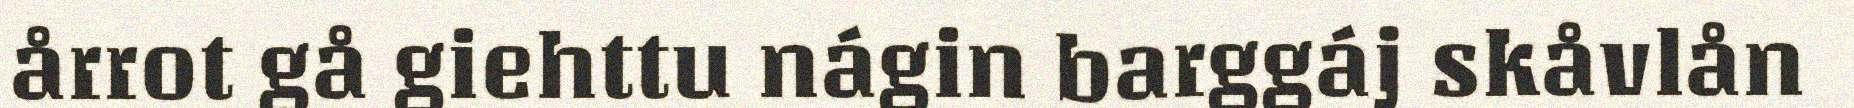
årrot gå giehttu nágin barggáj skåvlån